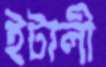
ইটালী